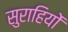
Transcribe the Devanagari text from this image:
सुराहियों